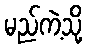
မည်ကဲ့သို့